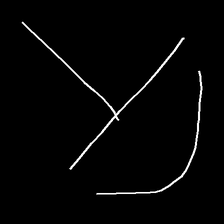
Glyph: dispersion